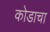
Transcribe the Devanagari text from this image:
कोडाचा